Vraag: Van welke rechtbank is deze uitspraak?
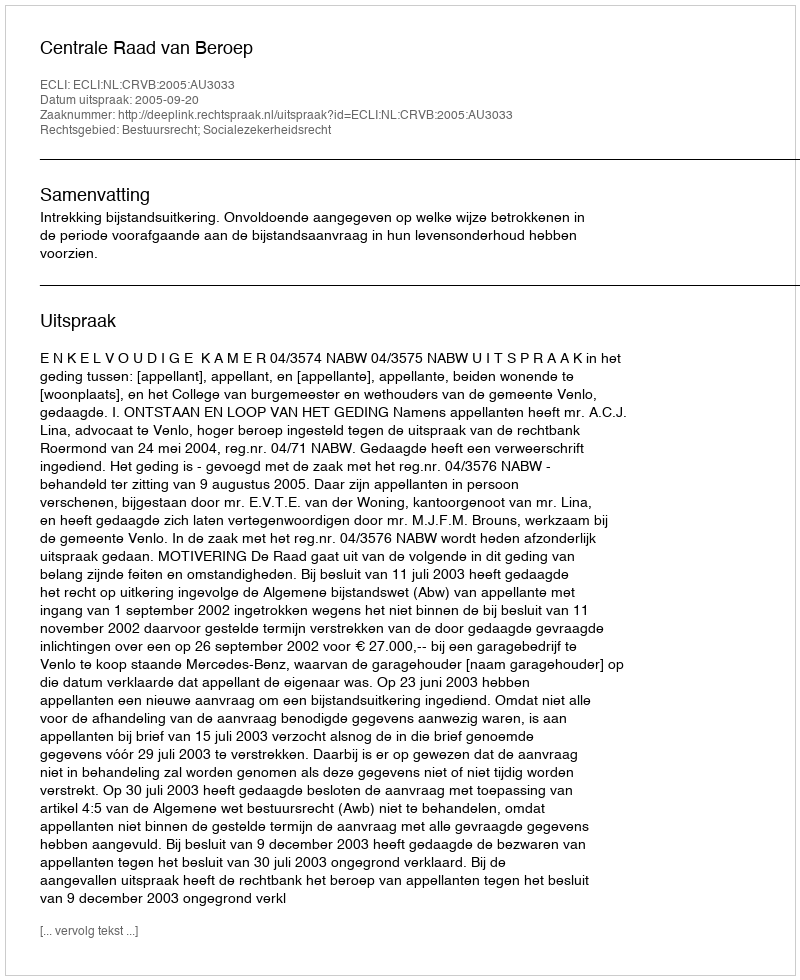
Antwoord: Centrale Raad van Beroep